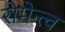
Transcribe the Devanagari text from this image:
रोमेन्त्च